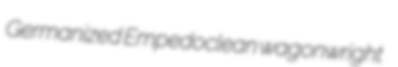
Germanized Empedoclean wagonwright